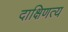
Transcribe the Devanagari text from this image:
दाक्षिणत्य